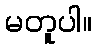
မတူပါ။